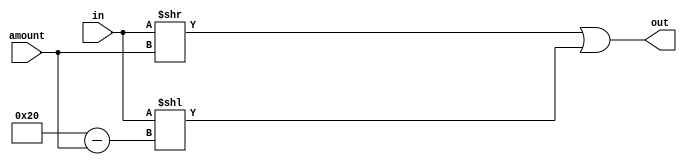
module ror_32_bit(input wire [31:0] in, input wire[31:0] amount, output wire [31:0] out);

	 
    assign out = (in >> amount) | (in << (32 - amount));


endmodule